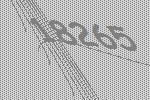
18265